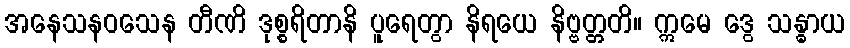
အနေသနဝသေန တီဏိ ဒုစ္စရိတာနိ ပူရေတွာ နိရယေ နိဗ္ဗတ္တတိ။ ဣမေ ဒွေ သန္ဓာယ